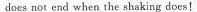
does not end when the shaking does!